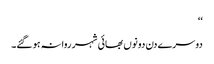
‘‘
دوسرے دن دونوں بھائی شہر روانہ ہو گئے۔